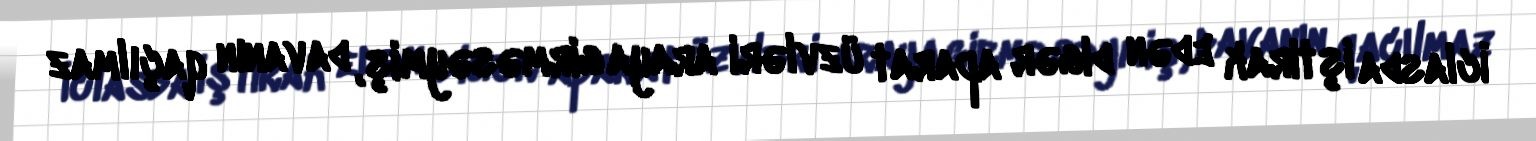
İclasda iştirak edən digər aparat üzvləri araya girməsəymiş, davanın qaçılmaz